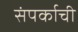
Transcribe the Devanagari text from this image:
संपर्काची